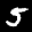
Label: 5